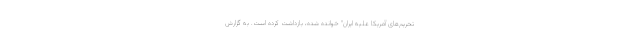
تحریم‌های آمریکا علیه ایران" خوانده شده، بازداشت کرده است. به گزارش